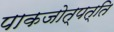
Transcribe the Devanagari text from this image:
पाकजोत्पत्ति